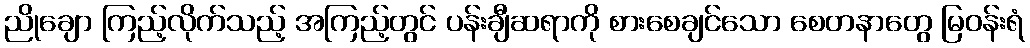
ညိုချော ကြည့်လိုက်သည့် အကြည့်တွင် ပန်းချီဆရာကို စားစေချင်သော စေတနာတွေ မြဝန်းရံ